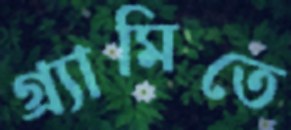
গ্র্যামিতে